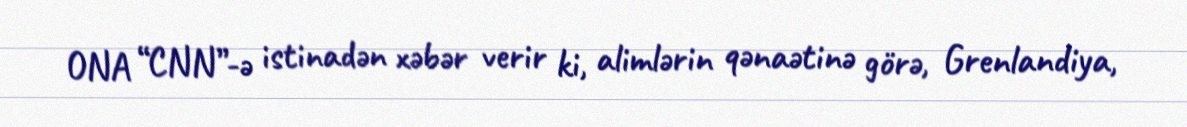
ONA “CNN”-ə istinadən xəbər verir ki, alimlərin qənaətinə görə, Grenlandiya,